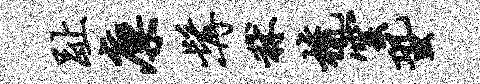
趾廪髯秫梳云蛩